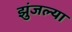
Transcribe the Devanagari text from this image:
झुंजल्या